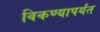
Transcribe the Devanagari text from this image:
विकण्यापर्यंत